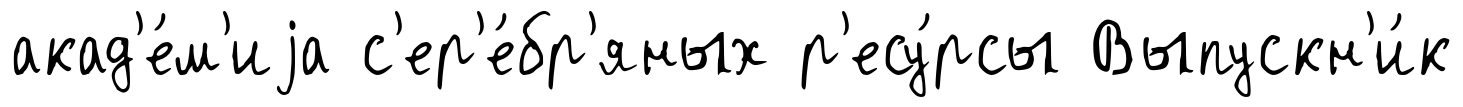
акад'е́м'иjа с'ер'е́бр'яных р'есу́рсы Выпускн'и́к